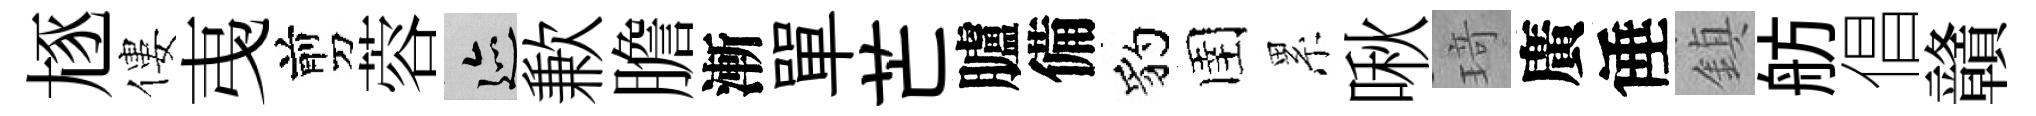
豗僂𢎯剪蓉迹歉膽漸單芒臚備豹圉累啾𤦺廣倕鎮舫倡贛